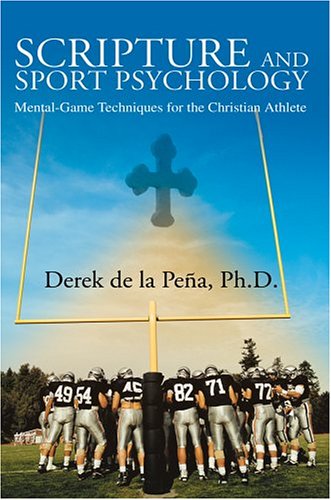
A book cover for Scripture and Sport Psychology: Mental-Game Techniques for the Christian Athlete; Derek de la PeÃ±a; Teen & Young Adult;